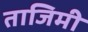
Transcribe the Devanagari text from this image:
ताजिमी